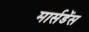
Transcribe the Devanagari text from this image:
मार्सडेंस